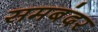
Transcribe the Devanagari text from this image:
समबंदर